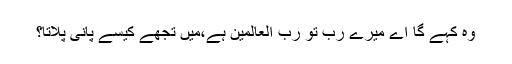
وہ کہے گا اے میرے رب تُو رب العالمین ہے،میں تجھے کیسے پانی پلاتا؟